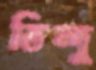
তিন্দু